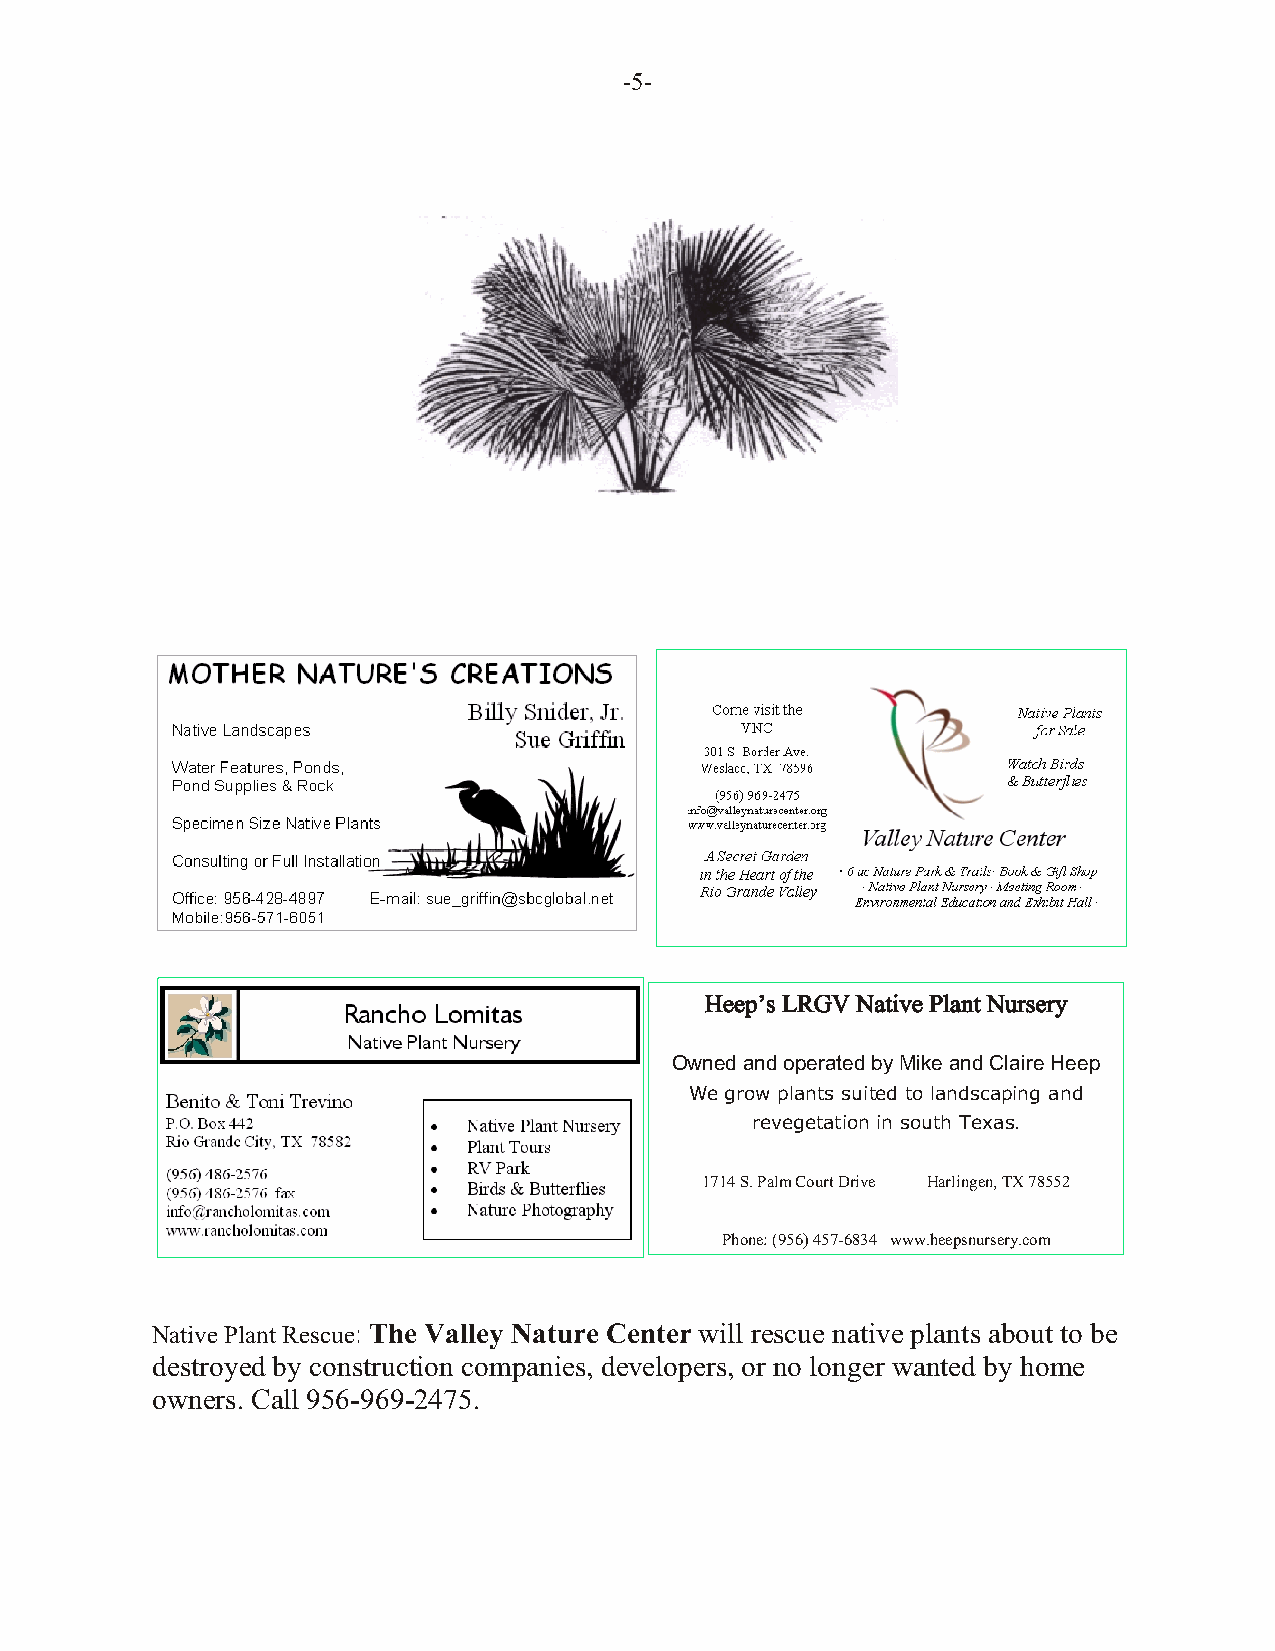
-5-
 Heep’s LRGV Native Plant Nursery
 Owned and operated by Mike and Claire Heep
 We grow plants suited to landscaping and
 revegetation in south Texas.
 1714 S. Palm Court Drive Harlingen, TX 78552
 Phone: (956) 457-6834 www.heepsnursery.com
 Native Plant Rescue: The Valley Nature Center will rescue native plants about to be
 destroyed by construction companies, developers, or no longer wanted by home
 owners. Call 956-969-2475.